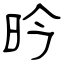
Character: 昑